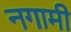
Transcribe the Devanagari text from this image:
नगामी